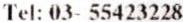
TEL: 03- 55423228